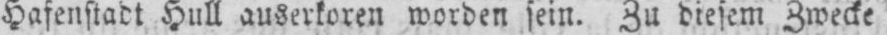
Hafenstadt Hull auserkoren worden sein. Zu diesem Zwecke